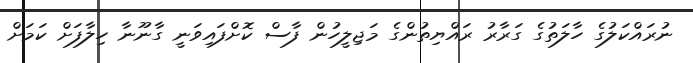
ނުރައްކަލުގެ ހާލަތުގެ ގަރާރު ރައްޔިތުންގެ މަޖިލީހުން ފާސް ކޮށްފައިވަނީ ގާނޫނާ ހިލާފަށް ކަމަށް